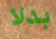
بدلا